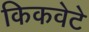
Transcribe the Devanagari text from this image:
किकवेटे